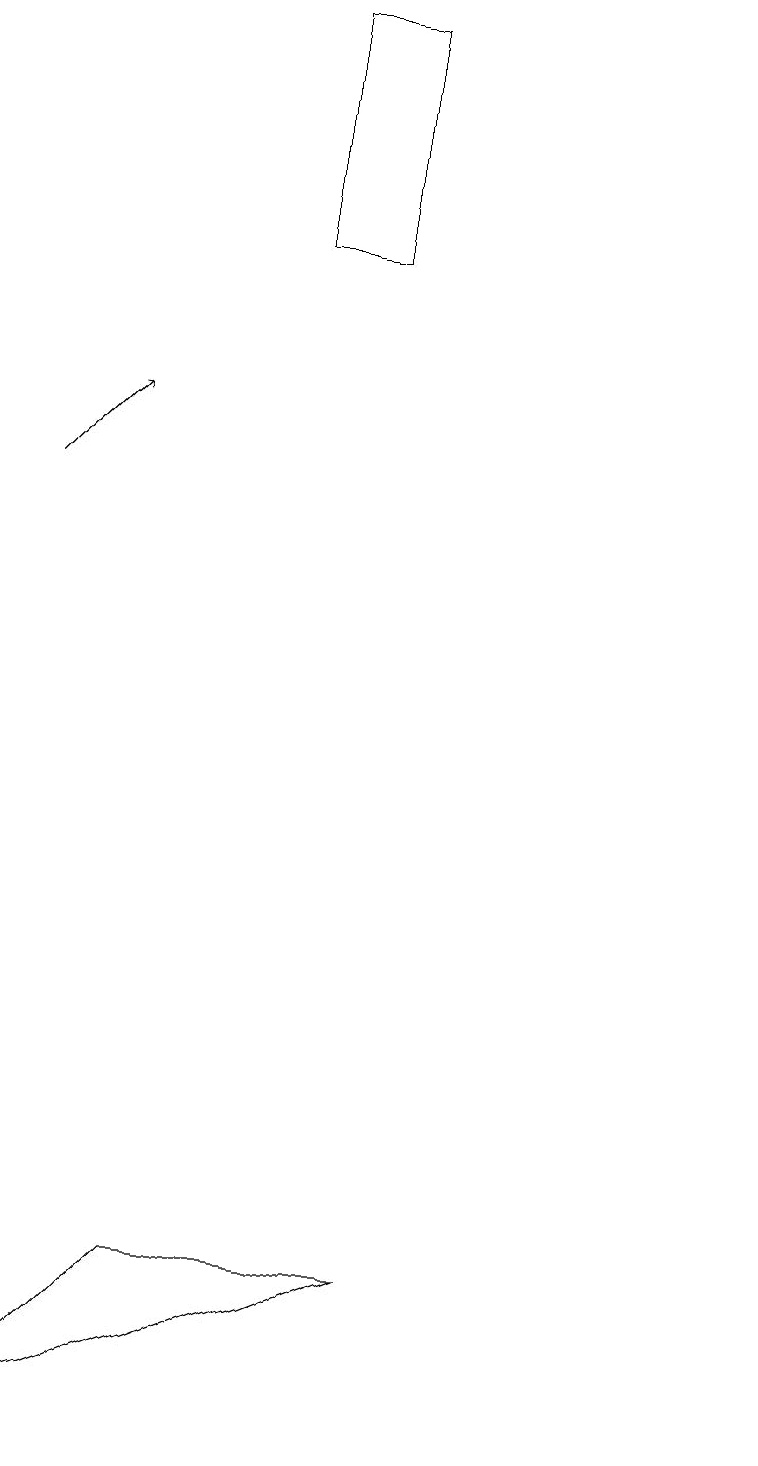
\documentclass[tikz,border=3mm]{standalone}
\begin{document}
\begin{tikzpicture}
\draw (10,10) circle (0);
\draw (3,2) -- (1,0) -- (6,2) -- cycle;
\draw (5,15) rectangle (4,18);
\draw[->] (1,12) -- (2,13);
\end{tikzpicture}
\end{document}